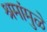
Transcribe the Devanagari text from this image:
श्रमांमुळे